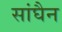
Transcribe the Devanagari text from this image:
सांघैन